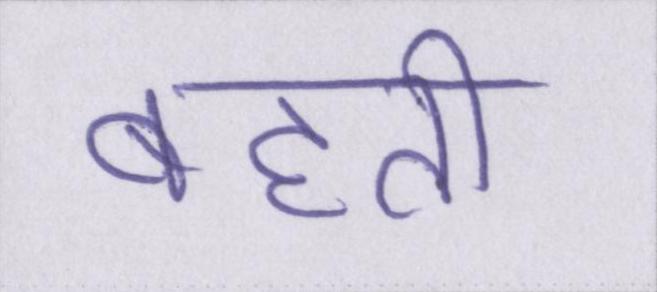
बहती